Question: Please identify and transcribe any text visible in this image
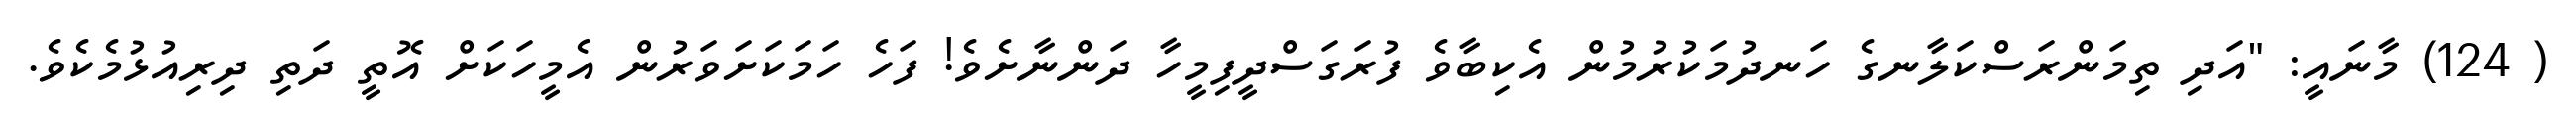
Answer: ( 124) މާނައީ: "އަދި ތިމަންރަސްކަލާނގެ ހަނދުމަކުރުމުން އެކިބާވެ ފުރަގަސްދީފިމީހާ ދަންނާށެވެ! ފަހެ ހަމަކަށަވަރުން އެމީހަކަށް އޮތީ ދަތި ދިރިއުޅުމެކެވެ.